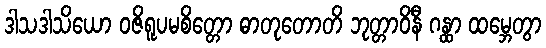
ဒါသဒါသိယော ဝဇိရူပမစိတ္တော ဓာတုတောတိ ဘုတ္တာဝိနီ ဂန္ထာ ထမ္ဘေတွာ